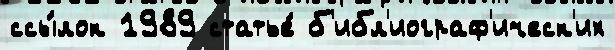
ссы́лок 1989 статье́ б'ибл'иограф'ическ'их